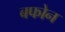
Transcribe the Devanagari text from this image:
बफोन